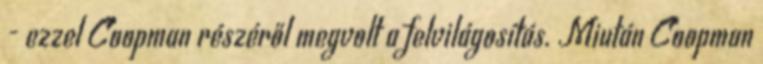
- ezzel Coopman részéről megvolt a felvilágosítás. Miután Coopman